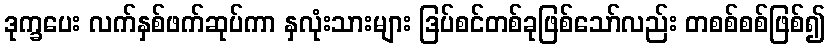
ဒုက္ခပေး လက်နှစ်ဖက်ဆုပ်ကာ နှလုံးသားများ ဒြပ်စင်တစ်ခုဖြစ်သော်လည်း တစစ်စစ်ဖြစ်၍